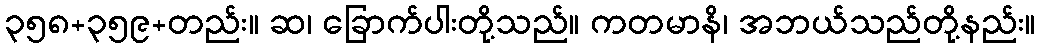
၃၅၈+၃၅၉+တည်း။ ဆ၊ ခြောက်ပါးတို့သည်။ ကတမာနိ၊ အဘယ်သည်တို့နည်း။